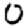
Digit: 0